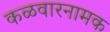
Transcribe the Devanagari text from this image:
कळवारनामक